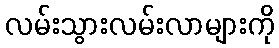
လမ်းသွားလမ်းလာများကို